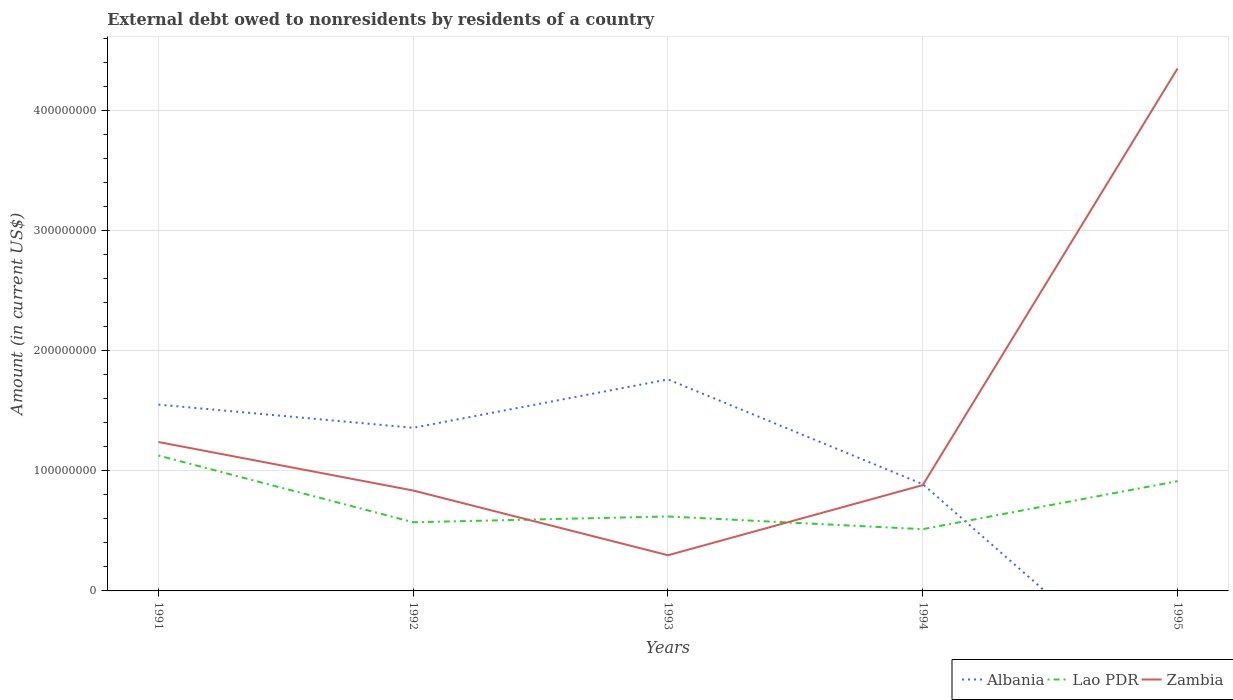
| Years | Albania | Lao PDR | Zambia |
 | --- | --- | --- | --- |
 | 1991 | 1.55e+08 | 1.13e+08 | 1.24e+08 |
 | 1992 | 1.36e+08 | 5.72e+07 | 8.36e+07 |
 | 1993 | 1.76e+08 | 6.2e+07 | 2.97e+07 |
 | 1994 | 8.89e+07 | 5.14e+07 | 8.81e+07 |
 | 1995 | -9.67e+07 | 9.14e+07 | 4.35e+08 |